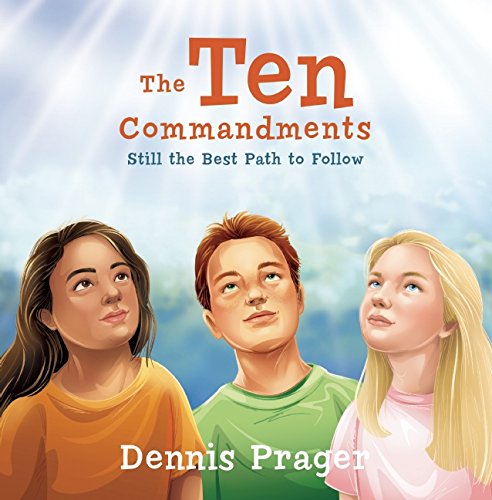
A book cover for The Ten Commandments: Still the Best Path to Follow; Dennis Prager; Children's Books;